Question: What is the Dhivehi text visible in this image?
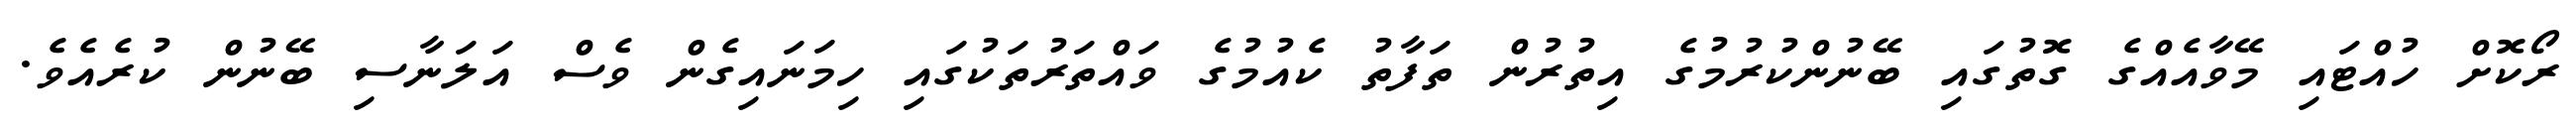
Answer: ރޯކޮށް ހުއްޓައި މޭވާއެއްގެ ގޮތުގައި ބޭނުންކުރުމުގެ އިތުރުން ތަފާތު ކެއުމުގެ ވައްތަރުތަކުގައި ހިމަނައިގެން ވެސް އަލަނާސި ބޭނުން ކުރެއެވެ.